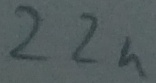
Text: 22n